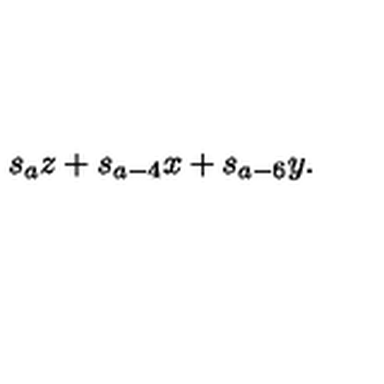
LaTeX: s _ { a } z + s _ { a - 4 } x + s _ { a - 6 } y .